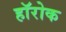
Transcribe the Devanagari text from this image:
हॉरोक